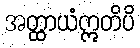
အတ္ထာယံဣတိပိ